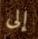
إلى